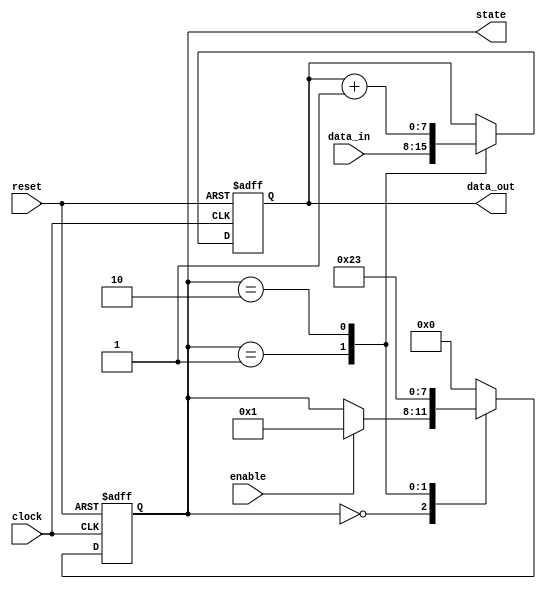
module example_sequential_logic (
    input wire clock,          // Clock signal
    input wire reset,          // Asynchronous reset signal
    input wire enable,         // Enable signal for operation
    input wire [7:0] data_in,  // Input data
    output reg [7:0] data_out, // Output data
    output reg [3:0] state     // State variable (4-bit)
);

    // State encoding
    localparam STATE_IDLE   = 4'b0000;
    localparam STATE_LOAD   = 4'b0001;
    localparam STATE_PROCESS = 4'b0010;
    localparam STATE_DONE   = 4'b0011;

    // Sequential logic block
    always @(posedge clock or posedge reset) begin
        if (reset) begin
            // Reset state variables to known values
            state <= STATE_IDLE;
            data_out <= 8'b0;
        end else begin
            // Update state and output based on current state and inputs
            case (state)
                STATE_IDLE: begin
                    if (enable) begin
                        state <= STATE_LOAD;
                    end
                end

                STATE_LOAD: begin
                    data_out <= data_in; // Load input data
                    state <= STATE_PROCESS;
                end

                STATE_PROCESS: begin
                    // Example processing logic (e.g., incrementing the data)
                    data_out <= data_out + 1;
                    state <= STATE_DONE;
                end

                STATE_DONE: begin
                    // Finish processing, can go back to idle or stay
                    state <= STATE_IDLE; // Transition back to idle
                end

                default: begin
                    state <= STATE_IDLE; // Default case to prevent latches
                end
            endcase
        end
    end

endmodule